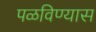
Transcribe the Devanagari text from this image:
पळविण्यास